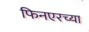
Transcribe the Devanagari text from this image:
फिनएरच्या